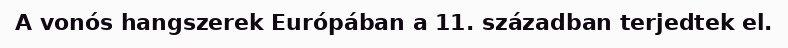
A vonós hangszerek Európában a 11. században terjedtek el.